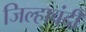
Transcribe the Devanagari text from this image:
जिल्हाबंदी